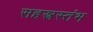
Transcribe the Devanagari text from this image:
सहस्त्रस्तंभ